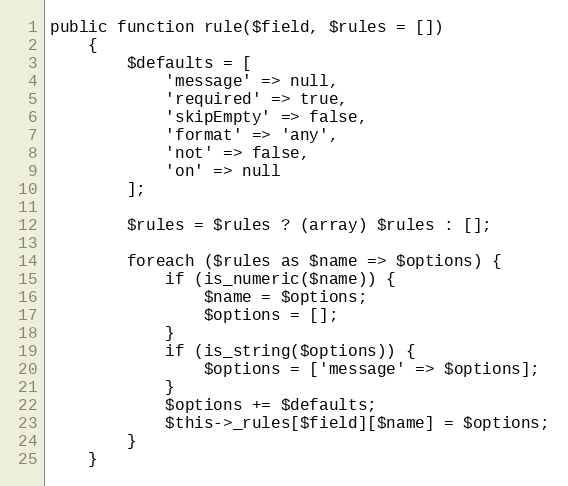
Language: PHP
public function rule($field, $rules = [])
    {
        $defaults = [
            'message' => null,
            'required' => true,
            'skipEmpty' => false,
            'format' => 'any',
            'not' => false,
            'on' => null
        ];

        $rules = $rules ? (array) $rules : [];

        foreach ($rules as $name => $options) {
            if (is_numeric($name)) {
                $name = $options;
                $options = [];
            }
            if (is_string($options)) {
                $options = ['message' => $options];
            }
            $options += $defaults;
            $this->_rules[$field][$name] = $options;
        }
    }